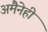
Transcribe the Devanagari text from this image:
अमैनेही